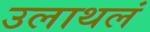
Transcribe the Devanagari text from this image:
उलाथलं